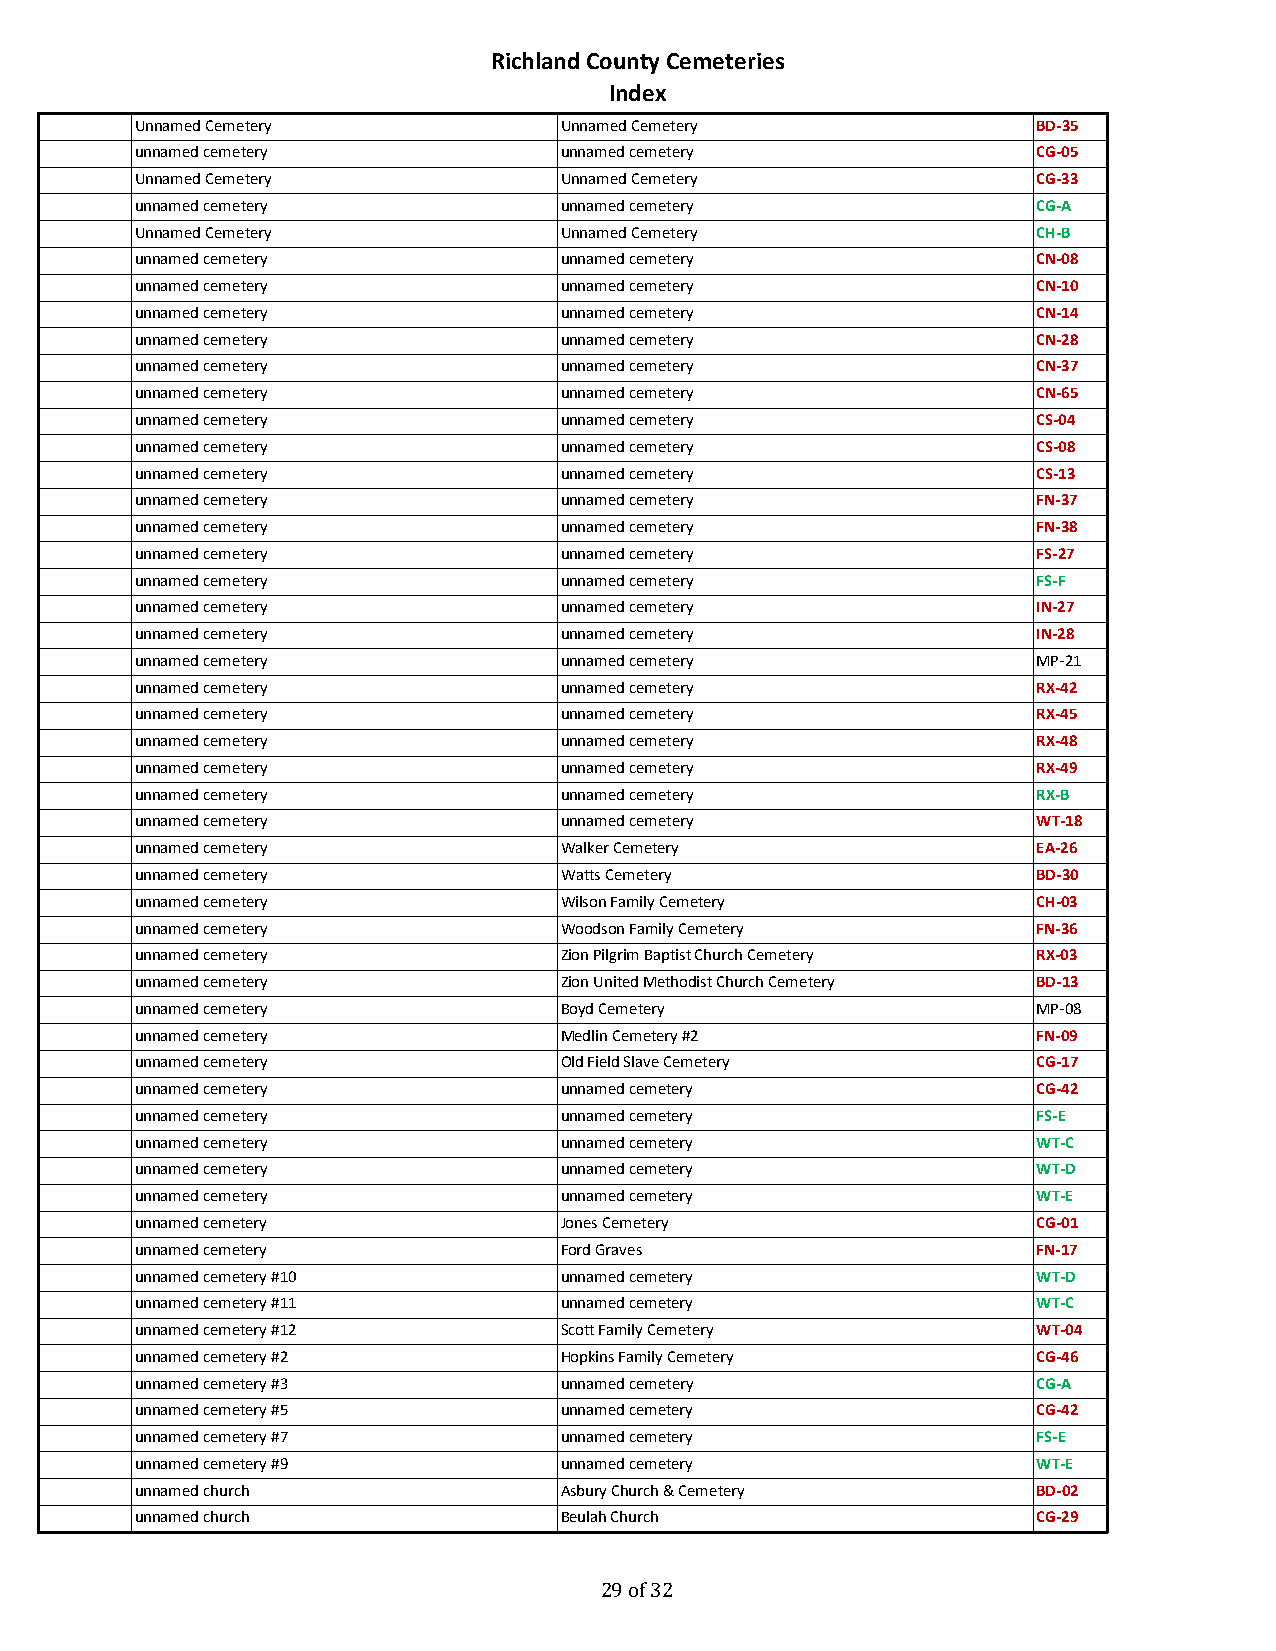
Richland County Cemeteries
 Index
 Unnamed Cemetery            Unnamed Cemetery               BD-35
 unnamed cemetery            unnamed cemetery               CG-05
 Unnamed Cemetery            Unnamed Cemetery               CG-33
 unnamed cemetery            unnamed cemetery               CG-A
 Unnamed Cemetery            Unnamed Cemetery               CH-B
 unnamed cemetery            unnamed cemetery               CN-08
 unnamed cemetery            unnamed cemetery               CN-10
 unnamed cemetery            unnamed cemetery               CN-14
 unnamed cemetery            unnamed cemetery               CN-28
 unnamed cemetery            unnamed cemetery               CN-37
 unnamed cemetery            unnamed cemetery               CN-65
 unnamed cemetery            unnamed cemetery               CS-04
 unnamed cemetery            unnamed cemetery               CS-08
 unnamed cemetery            unnamed cemetery               CS-13
 unnamed cemetery            unnamed cemetery               FN-37
 unnamed cemetery            unnamed cemetery               FN-38
 unnamed cemetery            unnamed cemetery               FS-27
 unnamed cemetery            unnamed cemetery               FS-F
 unnamed cemetery            unnamed cemetery               IN-27
 unnamed cemetery            unnamed cemetery               IN-28
 unnamed cemetery            unnamed cemetery               MP-21
 unnamed cemetery            unnamed cemetery               RX-42
 unnamed cemetery            unnamed cemetery               RX-45
 unnamed cemetery            unnamed cemetery               RX-48
 unnamed cemetery            unnamed cemetery               RX-49
 unnamed cemetery            unnamed cemetery               RX-B
 unnamed cemetery            unnamed cemetery               WT-18
 unnamed cemetery            Walker Cemetery                EA-26
 unnamed cemetery            Watts Cemetery                 BD-30
 unnamed cemetery            Wilson Family Cemetery         CH-03
 unnamed cemetery            Woodson Family Cemetery        FN-36
 unnamed cemetery            Zion Pilgrim Baptist Church Cemetery RX-03
 unnamed cemetery            Zion United Methodist Church Cemetery BD-13
 unnamed cemetery            Boyd Cemetery                  MP-08
 unnamed cemetery            Medlin Cemetery #2             FN-09
 unnamed cemetery            Old Field Slave Cemetery       CG-17
 unnamed cemetery            unnamed cemetery               CG-42
 unnamed cemetery            unnamed cemetery               FS-E
 unnamed cemetery            unnamed cemetery               WT-C
 unnamed cemetery            unnamed cemetery               WT-D
 unnamed cemetery            unnamed cemetery               WT-E
 unnamed cemetery            Jones Cemetery                 CG-01
 unnamed cemetery            Ford Graves                    FN-17
 unnamed cemetery #10        unnamed cemetery               WT-D
 unnamed cemetery #11        unnamed cemetery               WT-C
 unnamed cemetery #12        Scott Family Cemetery          WT-04
 unnamed cemetery #2         Hopkins Family Cemetery        CG-46
 unnamed cemetery #3         unnamed cemetery               CG-A
 unnamed cemetery #5         unnamed cemetery               CG-42
 unnamed cemetery #7         unnamed cemetery               FS-E
 unnamed cemetery #9         unnamed cemetery               WT-E
 unnamed church              Asbury Church & Cemetery       BD-02
 unnamed church              Beulah Church                  CG-29
 29 of 32